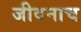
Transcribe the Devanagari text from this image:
जीवनाच